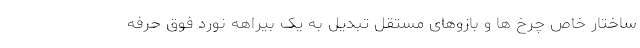
ساختار خاص چرخ ها و بازوهای مستقل تبدیل به یک بیراهه نورد فوق حرفه